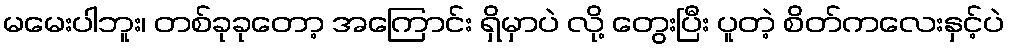
မမေးပါဘူး၊ တစ်ခုခုတော့ အကြောင်း ရှိမှာပဲ လို့ တွေးပြီး ပူတဲ့ စိတ်ကလေးနှင့်ပဲ